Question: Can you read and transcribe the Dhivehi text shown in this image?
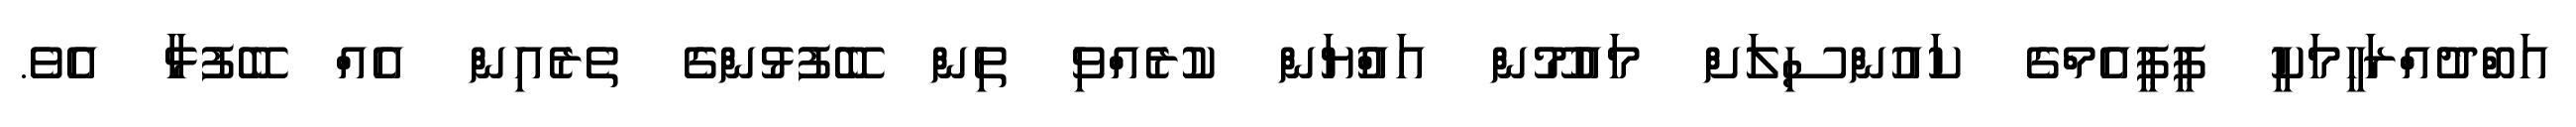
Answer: އަބްދުއްރަހީމަކީ ޕީޕީއެމްގެ ކައުންސިލަށް މައުމޫން އައްުޔަން ކުރެއްވި ތިން ބޭފުޅުންގެ ތެރެއިން އެއް ބޭފުޅާ އެވެ.